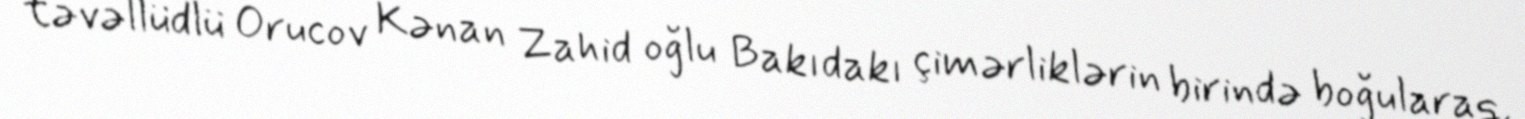
təvəllüdlü Orucov Kənan Zahid oğlu Bakıdakı çimərliklərin birində boğularaq,